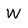
Character: W